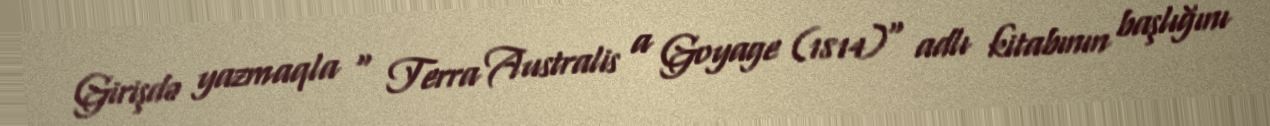
Girişdə yazmaqla " Terra Australis a Goyage (1814)" adlı kitabının başlığını